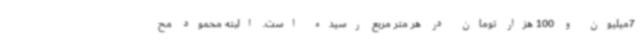
7میلیون و 100 هزار تومان در هر متر مربع رسیده است. البته محمود مح